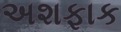
અશફાક